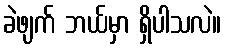
ခဲဖျက် ဘယ်မှာ ရှိပါသလဲ။